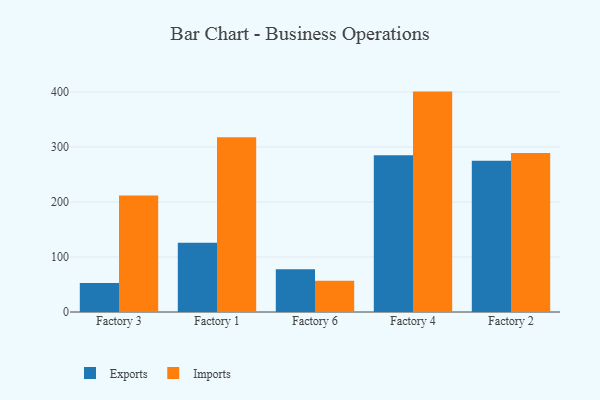
{"axis": {"x": "Factory", "y": "Gross Profit (USD K)"}, "legend": ["Exports", "Imports"], "data": [{"x": "Factory 3", "y": 52.8, "type": "Exports"}, {"x": "Factory 3", "y": 211.9, "type": "Imports"}, {"x": "Factory 1", "y": 125.9, "type": "Exports"}, {"x": "Factory 1", "y": 317.9, "type": "Imports"}, {"x": "Factory 6", "y": 77.8, "type": "Exports"}, {"x": "Factory 6", "y": 56.9, "type": "Imports"}, {"x": "Factory 4", "y": 285.0, "type": "Exports"}, {"x": "Factory 4", "y": 400.8, "type": "Imports"}, {"x": "Factory 2", "y": 275.2, "type": "Exports"}, {"x": "Factory 2", "y": 289.2, "type": "Imports"}]}